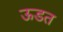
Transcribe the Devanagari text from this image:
ऊडत